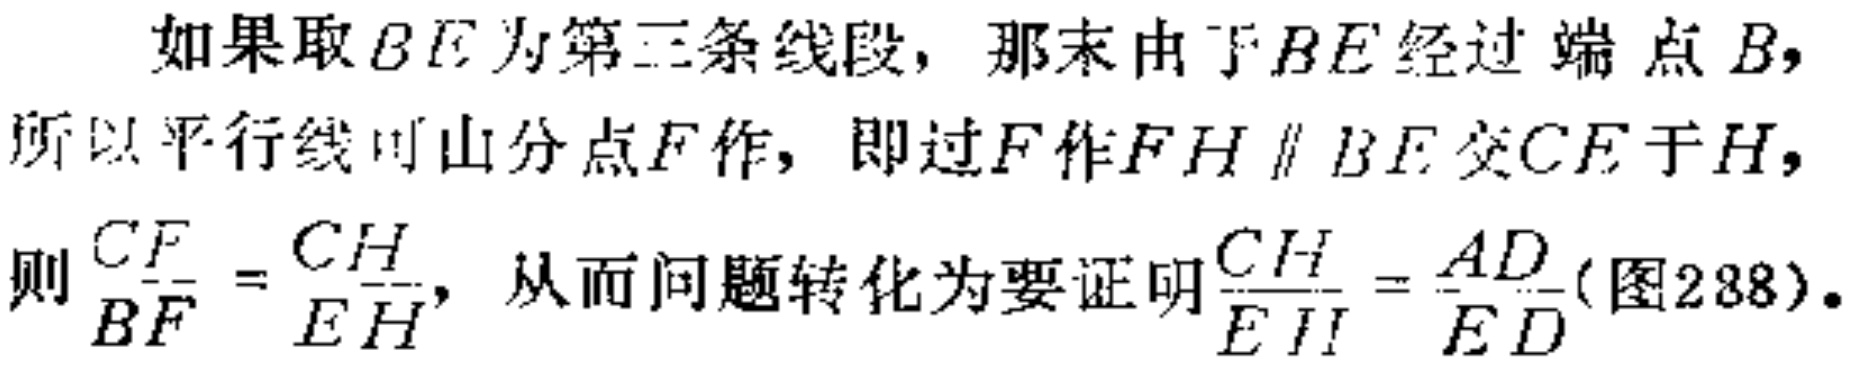
如果取\(BE\)为第三条线段，那末由于\(BE\)经过端点\(B\)，所以平行线可由分点\(F\)作，即过\(F\)作\(FH\parallel BE\)交\(CE\)于\(H\)，则\(\frac{CF}{BF}=\frac{CH}{EH}\)，从而问题转化为要证明\(\frac{CH}{EH}=\frac{AD}{ED}\)(图288)。